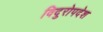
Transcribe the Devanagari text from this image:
विदुरोपदेश